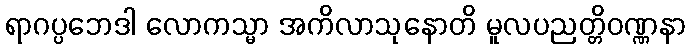
ရာဂပ္ပဘေဒါ လောကသ္မာ အကိလာသုနောတိ မူလပညတ္တိဝဏ္ဏနာ